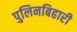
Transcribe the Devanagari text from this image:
पुलिनबिहारी